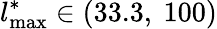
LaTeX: l_{\mathrm{max}}^{\ast}\in(33.3,~100)